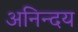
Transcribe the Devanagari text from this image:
अनिन्दय